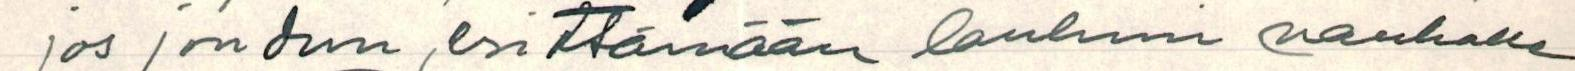
jos joudun , esittämään lauluni nauhalle